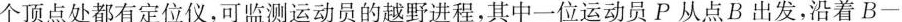
个顶点处都有定位仪，可监测运动员的越野进程，其中一位运动员P从点B出发，沿着B-